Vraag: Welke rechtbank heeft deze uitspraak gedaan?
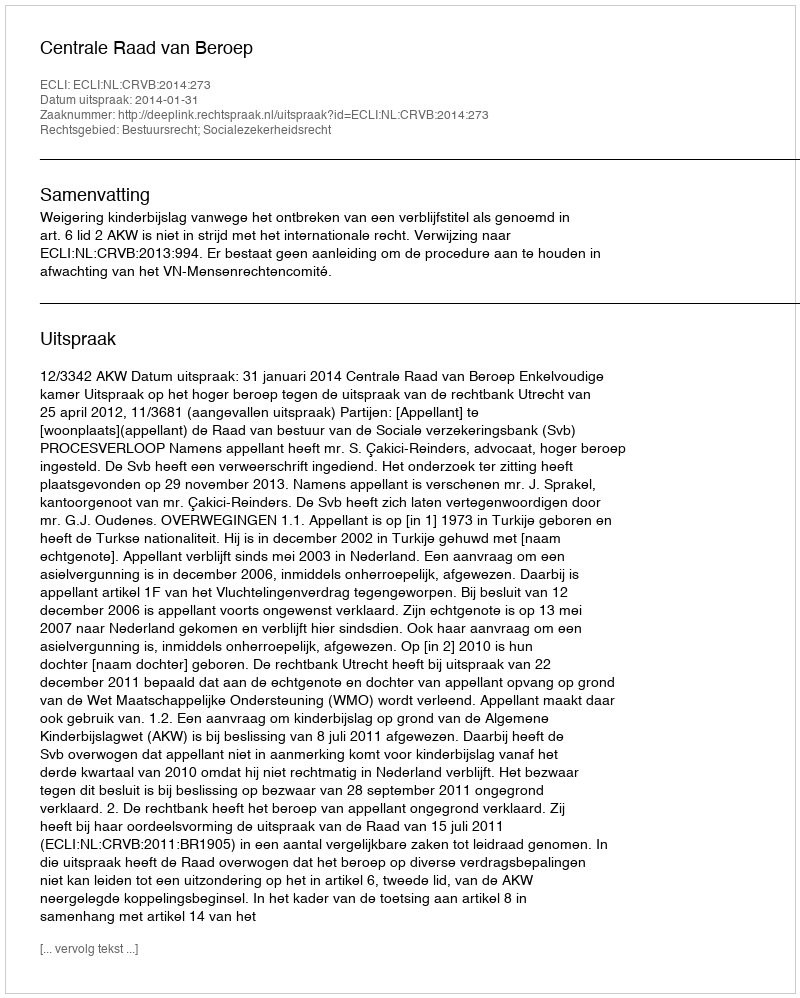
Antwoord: Centrale Raad van Beroep